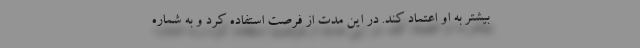
بیشتر به او اعتماد کند. در این مدت از فرصت استفاده کرد و به شماره